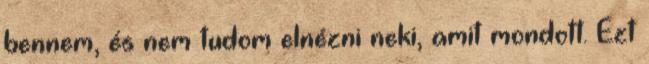
bennem, és nem tudom elnézni neki, amit mondott. Ezt